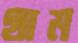
থাম